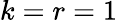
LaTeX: k=r=1